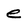
Character: e